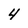
Character: 4